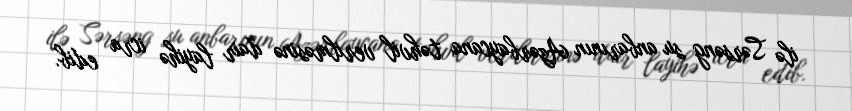
ilə Sərsəng su anbarının Azərbaycana təhvil verilməsinə dair layihə icra edib.